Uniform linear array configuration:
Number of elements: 64
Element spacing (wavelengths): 1
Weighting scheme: uniform
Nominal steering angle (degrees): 15
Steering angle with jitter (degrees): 13.067
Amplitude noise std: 0.05
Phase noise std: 0.05

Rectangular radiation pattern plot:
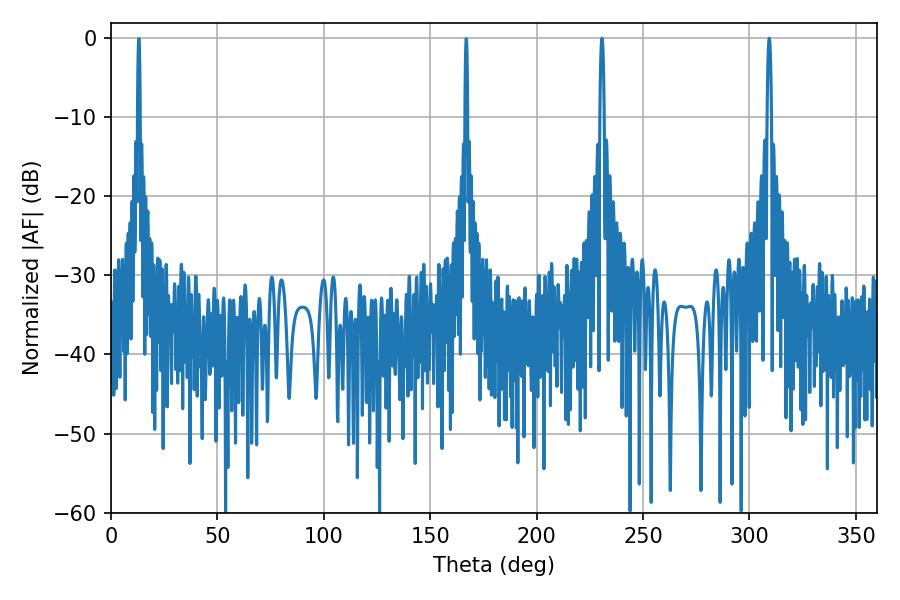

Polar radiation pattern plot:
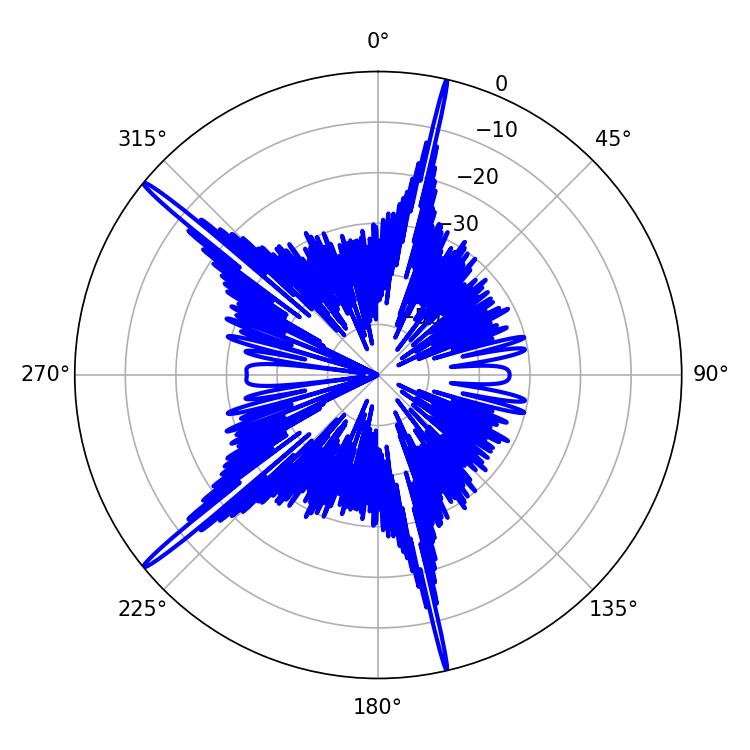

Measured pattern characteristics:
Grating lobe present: TRUE
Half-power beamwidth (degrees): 1.08
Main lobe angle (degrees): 230.76